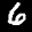
Label: 6